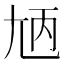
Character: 𡯞